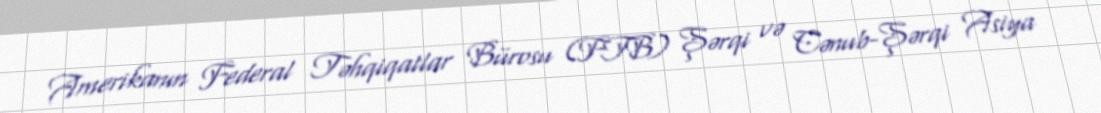
Amerikanın Federal Təhqiqatlar Bürosu (FTB) Şərqi və Cənub-Şərqi Asiya